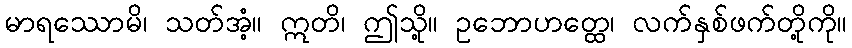
မာရဿောမိ၊ သတ်အံ့။ ဣတိ၊ ဤသို့။ ဥဘောဟတ္ထေ၊ လက်နှစ်ဖက်တို့ကို။